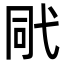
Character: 㢥